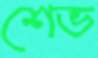
শেভ